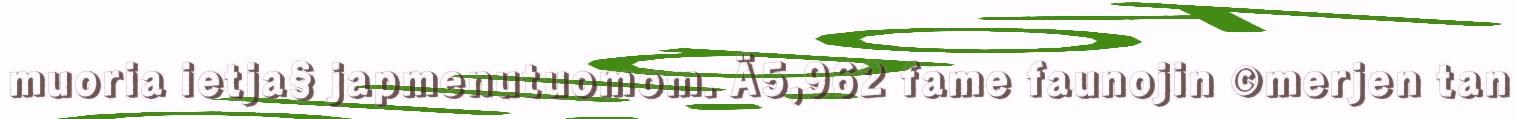
muoria ietja§ japmenutuomom. Ä5,962 fame faunojin ©merjen tan